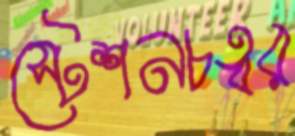
স্টেশনচত্বর